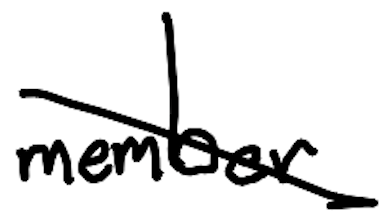
Text: member
Cross-out: diagonal
Writing tool: digital_black